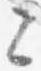
々